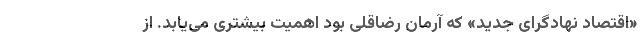
«اقتصاد نهادگرای جدید» که آرمان رضاقلی بود اهمیت بیشتری می‌یابد. از